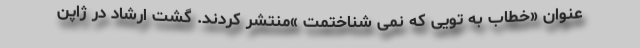
عنوان «خطاب به تویی که نمی شناختمت »منتشر کردند. گشت ارشاد در ژاپن